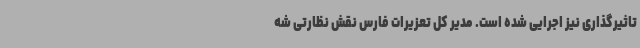
تاثیرگذاری نیز اجرایی شده است. مدیر کل تعزیرات فارس نقش نظارتی شه